Bréfritari: Teitur Símonarson
Viðtakandi: Jón Borgfirðingur
Dagsetning: A-1857-07-30
Skrifað á: Hvanneyri (?)  Borg.

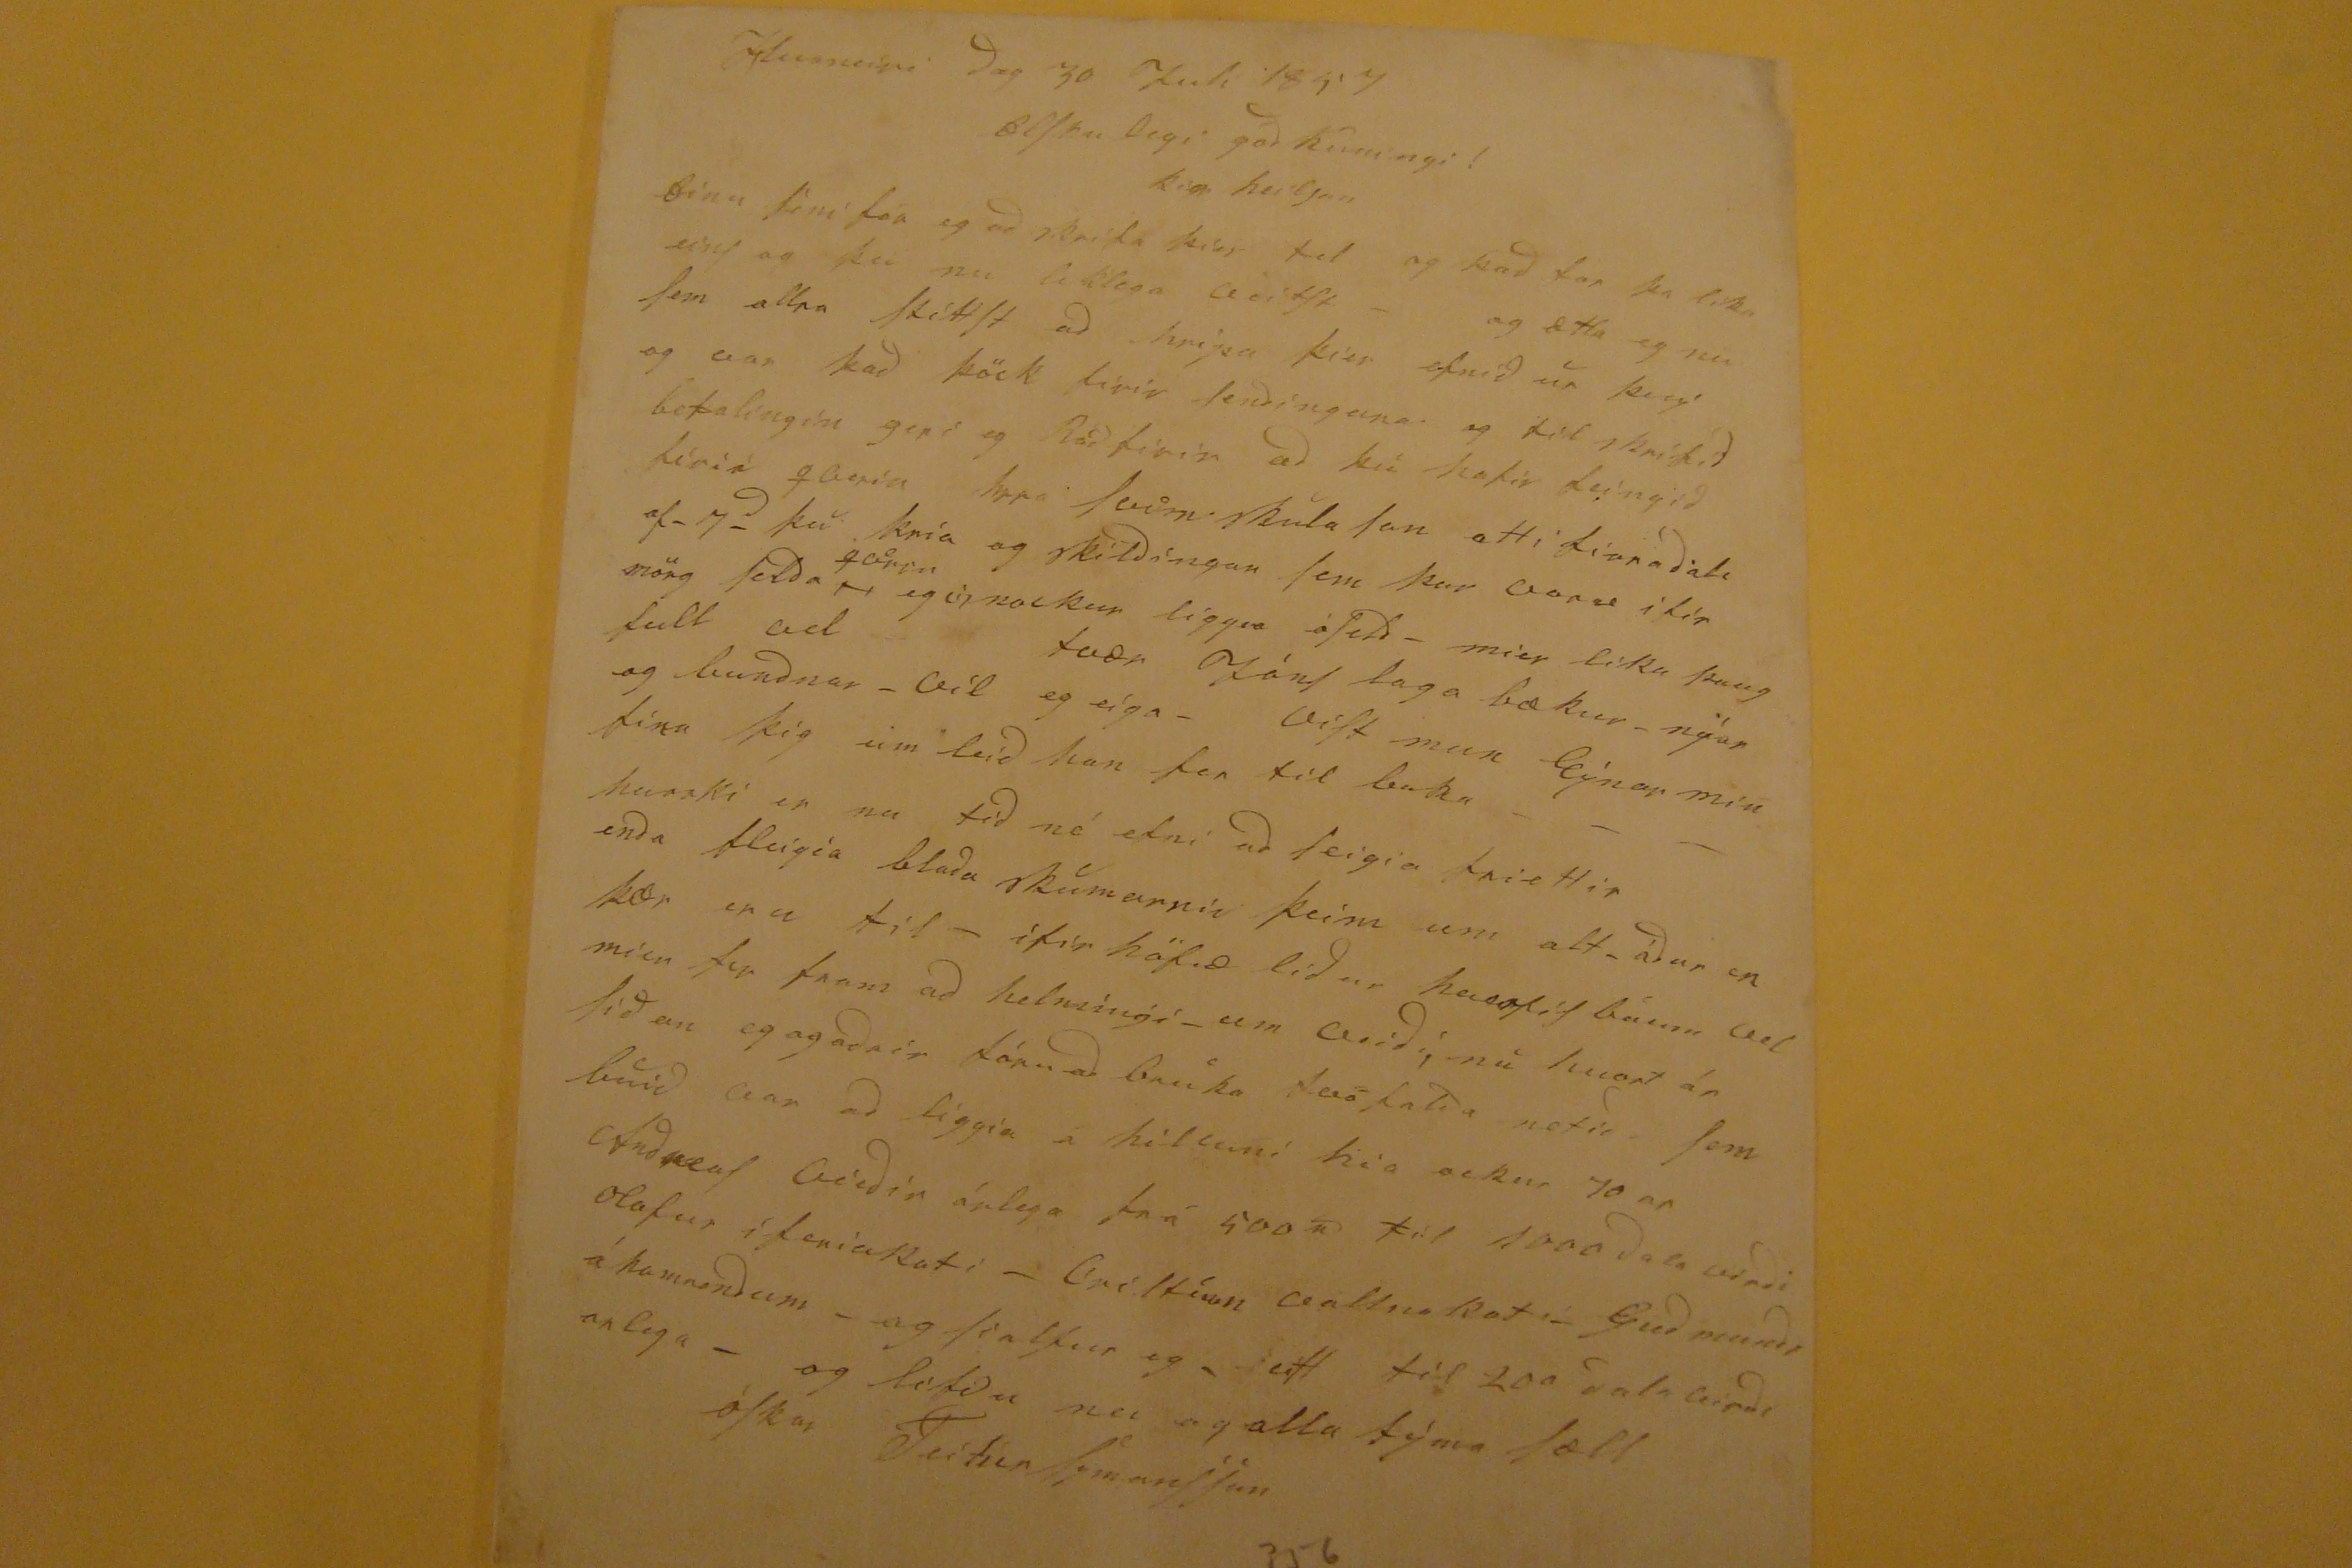

Huneiri Dag 30 Juli 1857
ElSku Degi gód kuningi!
kær heilsan
Einu Sini fór eg ad skrifa þer til og þad for þa lika einS og þu nu liklega veist- og ætla eg nu Sem allra StittSt ad hripa þier efnid ur þvý og var þad þöck firir Sendingunar og til skrifid betalingin geri eg Rád firir ad þú hafir feingid firir
qarin hja
seim skula Son atti Lianadali af- 7
d
þu kria og skildingar Sem þar vonar ifir m0rg Selda
qeirrn
og úr nockur liggur óSeld- mier lika þaug full vel tvær LánS laga bækur- nýar og bundnar- vil eg eíga- víSt mun Eýnar min Sína þig um leid han fer til baka-
kanski er nu tid nó efni ad Seigia friettir enda fleigia blada skumarnir þeim um alt ádur en þær eru til- ifir höfud lidur hassit barn vel og lidan eg agadnir lópu ad bruka tvöfalda netid Sem buid var ad liggia á hillum hia ockur 10 ar efnduaf Oirdir árlega frá 500n til 1000 dala virdi Olafur í feniakoti- GriStían Gallnakot- Gudmund, í hamnendum- og Sialfur eg, eitt til 200 dala virdi arlega- og lifdu nu og alla týma Sæll óSkar Teitur SymonSSon